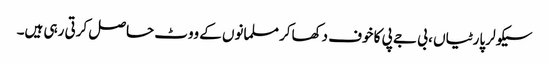
سیکولر پارٹیاں ، بی جے پی کا خوف دکھاکر مسلمانوں کے ووٹ حاصل کرتی رہی ہیں۔